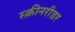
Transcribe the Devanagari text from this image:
स्क्रीनरीडर